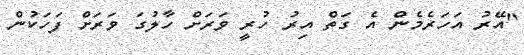
"އޭރު އަހަރެމެން އެ ގަތް އިރު ހުރީ ވަރަށް ހާލުގަ ވަރަށް ފަހަކުން